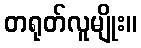
တရုတ်လူမျိုး။